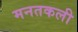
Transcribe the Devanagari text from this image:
मनतकली